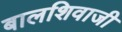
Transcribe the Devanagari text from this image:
बालशिवाजी